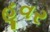
હૂવર